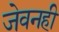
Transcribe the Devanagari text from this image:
जेवनही